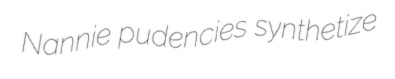
Nannie pudencies synthetize